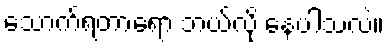
သောက်ရတာရော ဘယ်လို နေပါသလဲ။